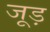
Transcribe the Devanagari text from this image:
जूड़